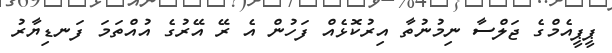
ޕީޕީއެމްގެ ޖަލްސާ ނިމުނުތާ އިރުކޮޅެއް ފަހުން އެ ރޭ އޭރުގެ އުއްތަމަ ފަނޑިޔާރު